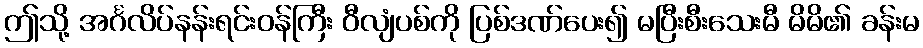
ဤသို့ အင်္ဂလိပ်နန်းရင်းဝန်ကြီး ဝီလျံပစ်ကို ပြစ်ဒဏ်ပေး၍ မပြီးစီးသေးမီ မိမိ၏ ခန်းမ